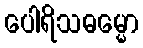
ပေါရိသဓမ္မော